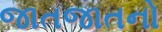
જાતજાતનો